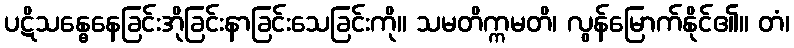
ပဋိသန္ဓေနေခြင်းအိုခြင်းနာခြင်းသေခြင်းကို။ သမတိက္ကမတိ၊ လွန်မြောက်နိုင်၏။ တံ၊